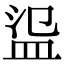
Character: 䀀